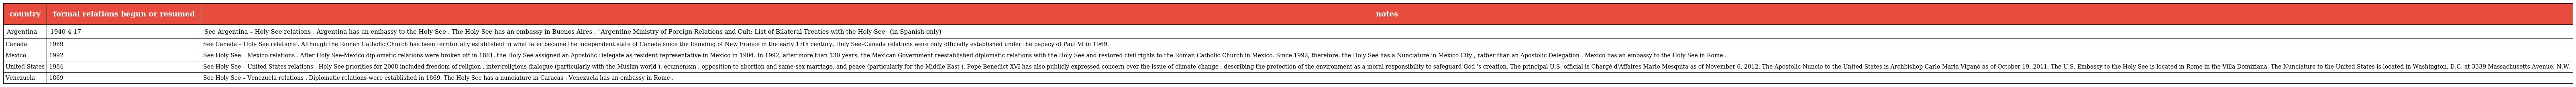
| country | formal relations begun or resumed | notes |
 | --- | --- | --- |
 | Argentina | 1940-4-17 | See Argentina – Holy See relations . Argentina has an embassy to the Holy See . The Holy See has an embassy in Buenos Aires . "Argentine Ministry of Foreign Relations and Cult: List of Bilateral Treaties with the Holy See" (in Spanish only) |
 | Canada | 1969 | See Canada – Holy See relations . Although the Roman Catholic Church has been territorially established in what later became the independent state of Canada since the founding of New France in the early 17th century, Holy See–Canada relations were only officially established under the papacy of Paul VI in 1969. |
 | Mexico | 1992 | See Holy See – Mexico relations . After Holy See-Mexico diplomatic relations were broken off in 1861, the Holy See assigned an Apostolic Delegate as resident representative in Mexico in 1904. In 1992, after more than 130 years, the Mexican Government reestablished diplomatic relations with the Holy See and restored civil rights to the Roman Catholic Church in Mexico. Since 1992, therefore, the Holy See has a Nunciature in Mexico City , rather than an Apostolic Delegation . Mexico has an embassy to the Holy See in Rome . |
 | United States | 1984 | See Holy See – United States relations . Holy See priorities for 2008 included freedom of religion , inter-religious dialogue (particularly with the Muslim world ), ecumenism , opposition to abortion and same-sex marriage, and peace (particularly for the Middle East ). Pope Benedict XVI has also publicly expressed concern over the issue of climate change , describing the protection of the environment as a moral responsibility to safeguard God 's creation. The principal U.S. official is Chargé d'Affaires Mario Mesquita as of November 6, 2012. The Apostolic Nuncio to the United States is Archbishop Carlo Maria Viganò as of October 19, 2011. The U.S. Embassy to the Holy See is located in Rome in the Villa Domiziana. The Nunciature to the United States is located in Washington, D.C. at 3339 Massachusetts Avenue, N.W. |
 | Venezuela | 1869 | See Holy See – Venezuela relations . Diplomatic relations were established in 1869. The Holy See has a nunciature in Caracas . Venezuela has an embassy in Rome . |